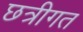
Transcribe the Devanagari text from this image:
छत्रीगत